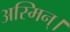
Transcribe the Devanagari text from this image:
अस्मिन्।